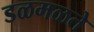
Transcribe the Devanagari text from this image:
डळमळते